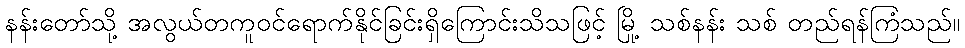
နန်းတော်သို့ အလွယ်တကူဝင်ရောက်နိုင်ခြင်းရှိကြောင်းသိသဖြင့် မြို့ သစ်နန်း သစ် တည်ရန်ကြံသည်။